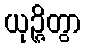
ယုဉ္ဇိတွာ